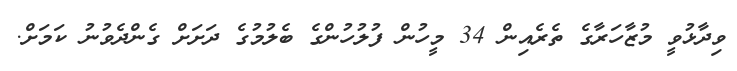
ވިދާޅުވީ މުޒާހަރާގެ ތެރެއިން 34 މީހުން ފުލުހުންގެ ބެލުމުގެ ދަށަށް ގެންދެވުނު ކަމަށް.